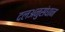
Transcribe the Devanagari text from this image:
दलअनुसंधान